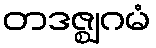
တဒဇ္ဈဂမံ